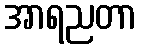
အာရညတာ